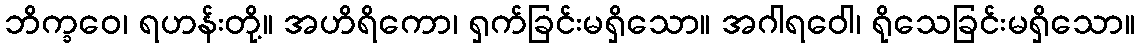
ဘိက္ခဝေ၊ ရဟန်းတို့။ အဟိရိကော၊ ရှက်ခြင်းမရှိသော။ အဂါရဝေါ၊ ရိုသေခြင်းမရှိသော။